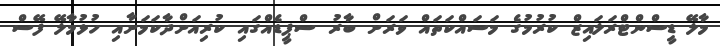
މާލޭ ޑީސްންޓްރަލައިޒް ކުރުމުގެ މަސައްކަތައް ވަރަށް ބާރު ސްޕީޑެއްގައި ކުރިއަށްދާކަމަށާއި ހުޅުމާލޭ ފޭސް